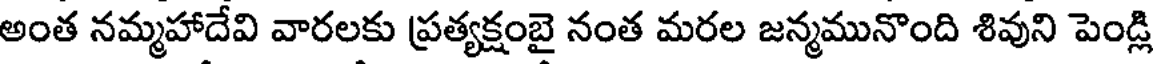
అంత నమ్మహాదేవి వారలకు ప్రత్యక్షంబై నంత మరల జన్మమునొంది శివుని పెండ్లి